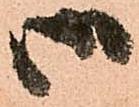
御